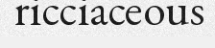
ricciaceous